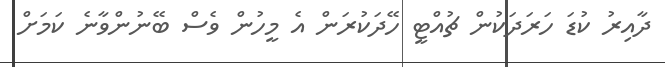
ދާއިރު ކުޑަ ހަރަދަކުން ޗުއްޓީ ހޭދަކުރަން އެ މީހުން ވެސް ބޭނުންވާނެ ކަމަށް